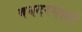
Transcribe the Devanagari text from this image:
बनदरगाहों